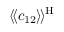
\langle \! \langle c _ { 1 2 } \rangle \! \rangle ^ { \mathrm { H } }